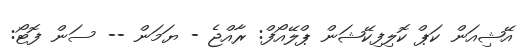
އޭޝިއަން ކަޕް ކޮލިފިކޭޝަން ޕްލޭއޯފް: ރާއްޖެ - ޔަމަން -- ސަން ފޮޓޯ: